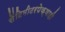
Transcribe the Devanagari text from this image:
सेंटिमीटरपेक्षाही